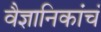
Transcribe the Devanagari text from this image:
वैज्ञानिकांचं